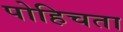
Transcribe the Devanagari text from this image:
पोहिचता